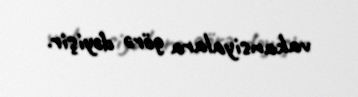
vakansiyalara görə dəyişir.